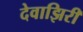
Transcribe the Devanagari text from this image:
देवाझिरी